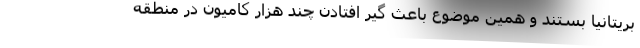
بریتانیا بستند و همین موضوع باعث گیر افتادن چند هزار کامیون در منطقه